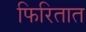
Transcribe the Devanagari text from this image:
फिरितात